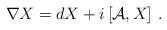
LaTeX: \begin{align*}\nabla X=dX+i\left[{\cal A},X\right]\,.\end{align*}